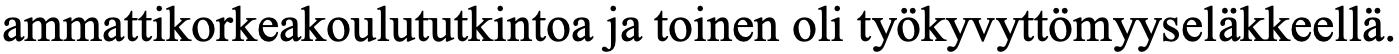
ammattikorkeakoulututkintoa ja toinen oli työkyvyttömyyseläkkeellä.